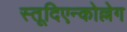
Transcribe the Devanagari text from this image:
स्तूदिएन्कोल्लेग